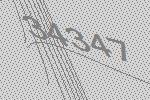
34347